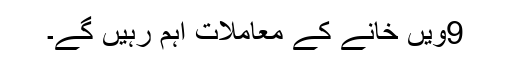
9ویں خانے کے معاملات اہم رہیں گے۔